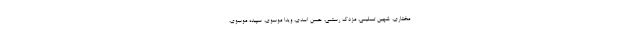
مختاری، شهین تسلیمی، مزدک رستمی، حسن اسدی، ویدا موسوی، سپیده موسوى،